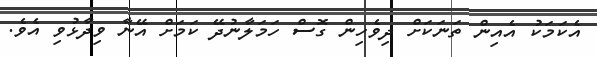
އެކަމަކު އެއިން ތަނަކަށް ދިވެހިން ގޮސް ހަމަލާނުދޭ ކަމަށް އޭނާ ވިދާޅުވި އެވެ.